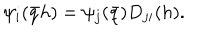
\psi _ { i } ( \bar { q } h ) = \psi _ { j } ( \bar { q } ) D _ { j i } ( h ) .